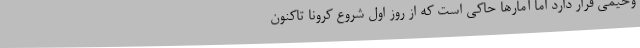
وخیمی قرار دارد اما آمارها حاکی است که از روز اول شروع کرونا تاکنون